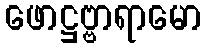
ဖောဋ္ဌဗ္ဗာရာမော